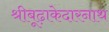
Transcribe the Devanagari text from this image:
श्रीबूढ़ाकेदारनाथ